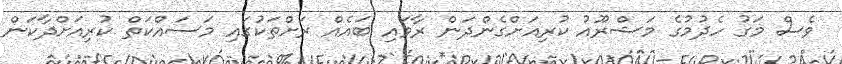
ވެސް މަގު ހެދުމުގެ މަޝްރޫއު ކުރިއަށްގެންދަން ރާވައި ބައެއް ރަށްތަކުގައި މަސައްކަތް ކުރިއަށްދާކަން